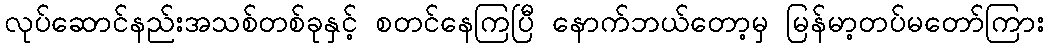
လုပ်ဆောင်နည်းအသစ်တစ်ခုနှင့် စတင်နေကြပြီ နောက်ဘယ်တော့မှ မြန်မာ့တပ်မတော်ကြား